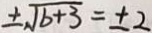
\pm \sqrt { b + 3 } = \pm 2